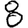
Digit: 8